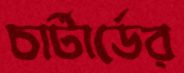
চার্টার্ডের